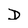
Character: D